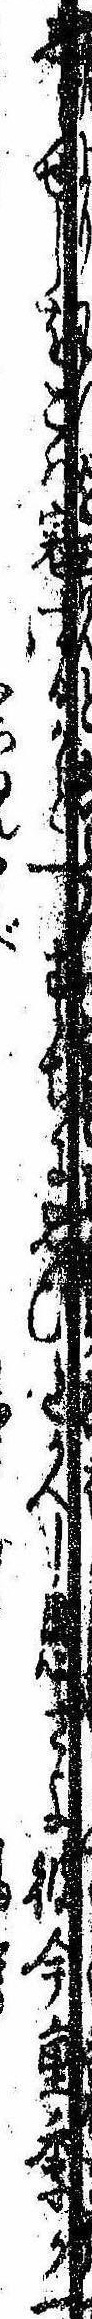
しらせしをこは寇するかと一すぢに思ひたがへし愚さよ彼今重季か一